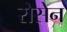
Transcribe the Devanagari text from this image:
रोसेन